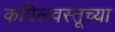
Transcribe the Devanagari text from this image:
कपिलवस्तूच्या